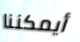
أيمكننا